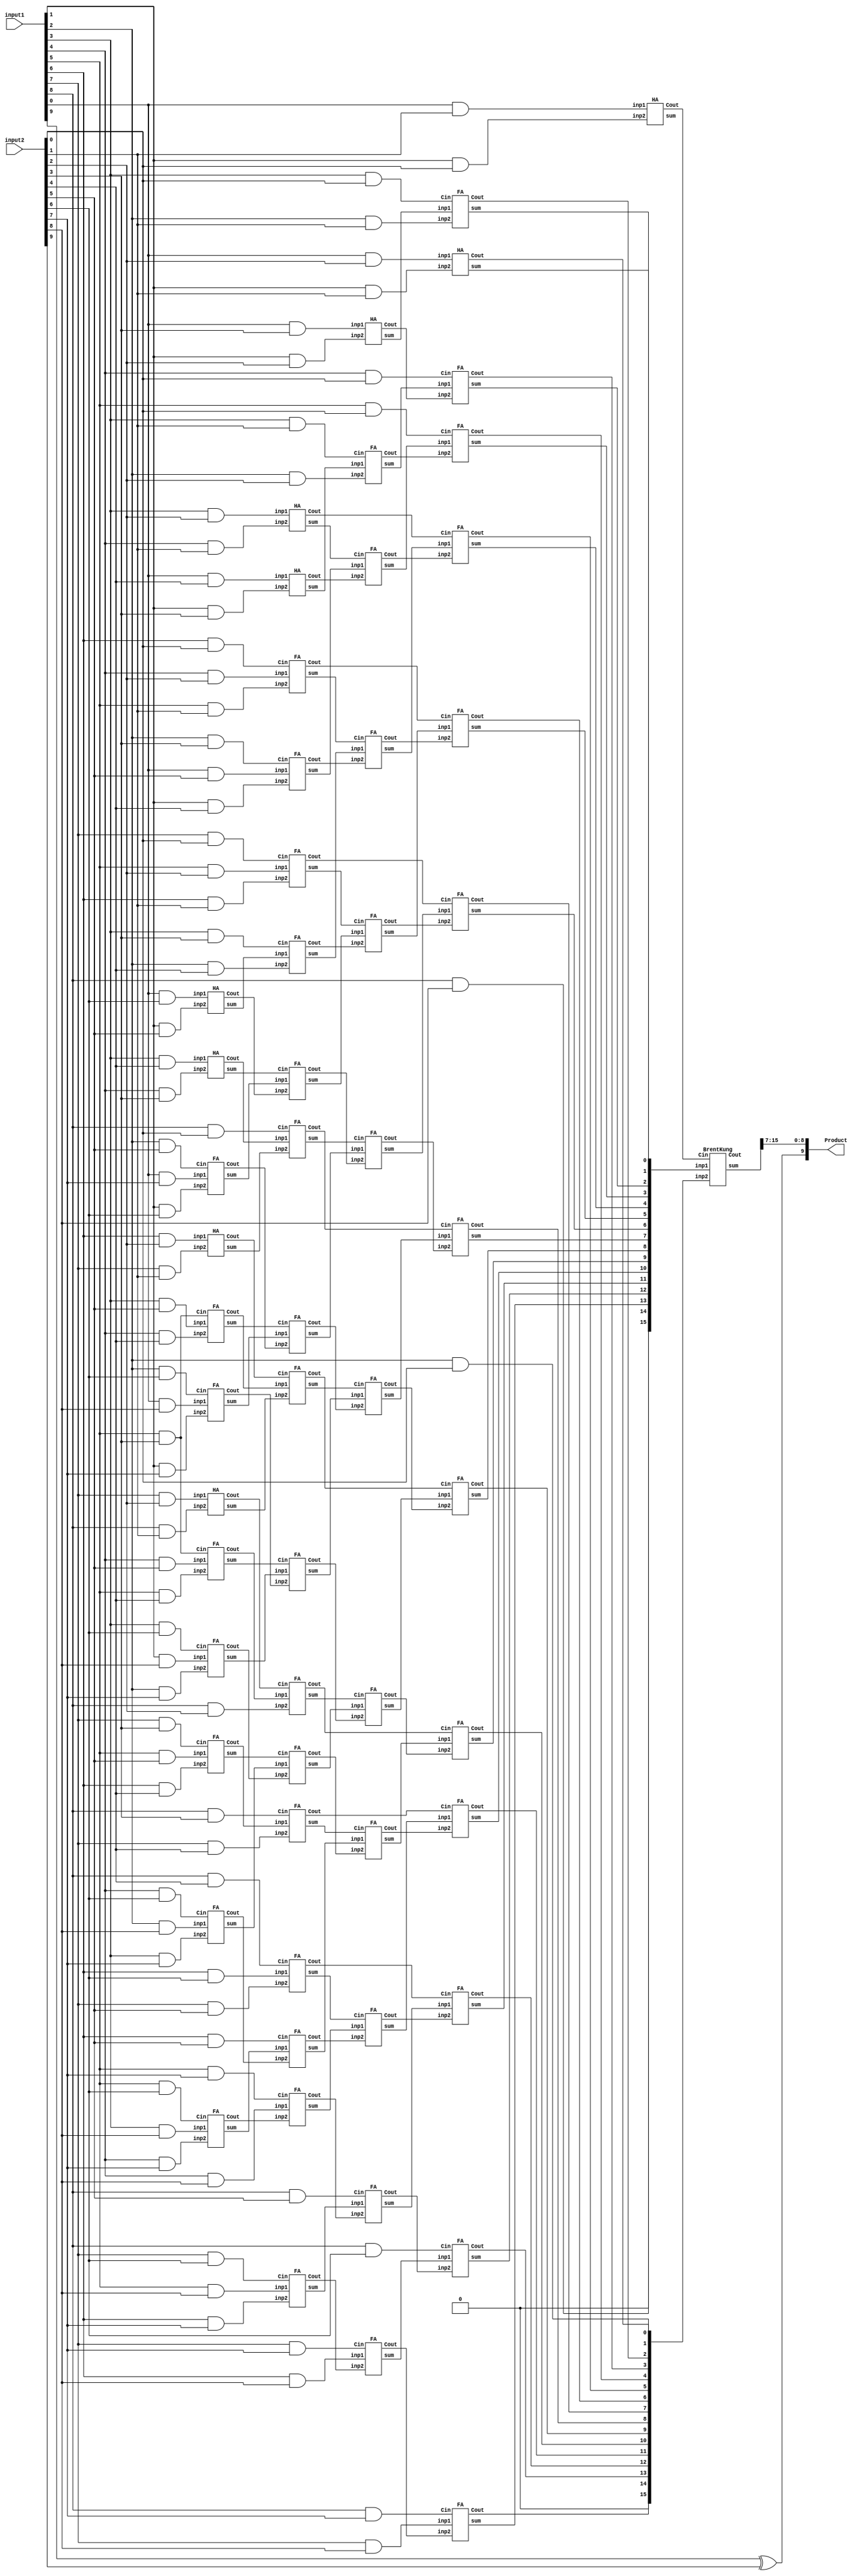
`timescale 1 us/ 1 ns
//**************************************************************************************************************//
//**************************************************Multiplier**************************************************//
//**************************************************************************************************************//
module Fx_10bit_Multiplier(input1,input2,Product);
input [9:0] input1;
input [9:0] input2;
output wire [9:0] Product;
wire PP [0:8][8:0];
//stage1 Sum and Carry
wire [0:11] sum1,carry1;
//stage2 Sum and Carry
wire [0:17] sum2,carry2;
//stage3 Sum and Carry
wire [0:11] sum3,carry3;
//stage4 Sum and Carry
wire [13:0] sum4,carry4;
//stage1 Sum and Carry
//wire [0:15] sum5,carry5;
//wire [16:0] carry5;
wire [1:0] carry5;
wire [17:0] sum5;
genvar i;
genvar j;
generate
for (i=0;i<9;i=i+1) begin:x
//generate
  for (j=0;j<9;j=j+1) begin:y
    assign PP [i][j] = input1[j]&input2[i];
end
//endgenerate
end
endgenerate
//Reduction 9 6 4 3 2
//Stage1 Reduction from  9 wires to 6
HA H1(.inp1(PP[6][0]),.inp2(PP[5][1]),.sum(sum1[0]),.Cout(carry1[0]));
HA H2(.inp1(PP[4][3]),.inp2(PP[3][4]),.sum(sum1[1]),.Cout(carry1[1]));
HA H3(.inp1(PP[2][6]),.inp2(PP[1][7]),.sum(sum1[2]),.Cout(carry1[2]));
HA H4(.inp1(PP[2][7]),.inp2(PP[1][8]),.sum(sum1[3]),.Cout(carry1[3]));
FA F1(.inp1(PP[7][0]),.inp2(PP[6][1]),.Cin(PP[5][2]),.sum(sum1[4]),.Cout(carry1[4]));
FA F2(.inp1(PP[8][0]),.inp2(PP[7][1]),.Cin(PP[6][2]),.sum(sum1[5]),.Cout(carry1[5]));
FA F3(.inp1(PP[8][1]),.inp2(PP[7][2]),.Cin(PP[6][3]),.sum(sum1[6]),.Cout(carry1[6]));
FA F4(.inp1(PP[8][2]),.inp2(PP[7][3]),.Cin(PP[6][4]),.sum(sum1[7]),.Cout(carry1[7]));
FA F5(.inp1(PP[8][3]),.inp2(PP[7][4]),.Cin(PP[6][5]),.sum(sum1[8]),.Cout(carry1[8]));
FA F6(.inp1(PP[5][3]),.inp2(PP[4][4]),.Cin(PP[3][5]),.sum(sum1[9]),.Cout(carry1[9]));
FA F7(.inp1(PP[5][4]),.inp2(PP[4][5]),.Cin(PP[3][5]),.sum(sum1[10]),.Cout(carry1[10]));
FA F8(.inp1(PP[5][5]),.inp2(PP[4][6]),.Cin(PP[3][7]),.sum(sum1[11]),.Cout(carry1[11]));

//Stage2 Reduction from  6 wires to 4
HA H5(.inp1(PP[4][0]),.inp2(PP[3][1]),.sum(sum2[0]),.Cout(carry2[0]));
HA H6(.inp1(PP[2][3]),.inp2(PP[1][4]),.sum(sum2[1]),.Cout(carry2[1]));
FA F9(.inp1(PP[5][0]),.inp2(PP[4][1]),.Cin(PP[3][2]),.sum(sum2[2]),.Cout(carry2[2]));
FA F10(.inp1(sum1[0]),.inp2(PP[4][2]),.Cin(PP[3][3]),.sum(sum2[3]),.Cout(carry2[3]));
FA F11(.inp1(sum1[4]),.inp2(carry1[0]),.Cin(sum1[1]),.sum(sum2[4]),.Cout(carry2[4]));
FA F12(.inp1(sum1[5]),.inp2(carry1[4]),.Cin(sum1[9]),.sum(sum2[5]),.Cout(carry2[5]));
FA F13(.inp1(sum1[6]),.inp2(carry1[5]),.Cin(sum1[10]),.sum(sum2[6]),.Cout(carry2[6]));
FA F14(.inp1(sum1[7]),.inp2(carry1[6]),.Cin(sum1[11]),.sum(sum2[7]),.Cout(carry2[7]));
FA F15(.inp1(sum1[8]),.inp2(carry1[7]),.Cin(PP[5][6]),.sum(sum2[8]),.Cout(carry2[8]));
FA F16(.inp1(PP[8][4]),.inp2(carry1[8]),.Cin(PP[7][5]),.sum(sum2[9]),.Cout(carry2[9]));
FA F17(.inp1(PP[2][4]),.inp2(PP[1][5]),.Cin(PP[0][6]),.sum(sum2[10]),.Cout(carry2[10]));
FA F18(.inp1(PP[2][5]),.inp2(PP[1][6]),.Cin(PP[0][7]),.sum(sum2[11]),.Cout(carry2[11]));
FA F19(.inp1(carry1[1]),.inp2(sum1[2]),.Cin(PP[0][8]),.sum(sum2[12]),.Cout(carry2[12]));
FA F20(.inp1(carry1[9]),.inp2(sum1[3]),.Cin(carry1[2]),.sum(sum2[13]),.Cout(carry2[13]));
FA F21(.inp1(carry1[10]),.inp2(PP[2][8]),.Cin(carry1[3]),.sum(sum2[14]),.Cout(carry2[14]));
FA F22(.inp1(carry1[11]),.inp2(PP[4][7]),.Cin(PP[3][8]),.sum(sum2[15]),.Cout(carry2[15]));
FA F23(.inp1(PP[6][6]),.inp2(PP[5][7]),.Cin(PP[4][8]),.sum(sum2[16]),.Cout(carry2[16]));
FA F24(.inp1(PP[8][5]),.inp2(PP[7][6]),.Cin(PP[6][7]),.sum(sum2[17]),.Cout(carry2[17]));

//Stage3 Reduction from  4 wires to 3
HA H7(.inp1(PP[3][0]),.inp2(PP[2][1]),.sum(sum3[0]),.Cout(carry3[0]));
FA F25(.inp1(sum2[0]),.inp2(PP[2][2]),.Cin(PP[1][3]),.sum(sum3[1]),.Cout(carry3[1]));
FA F26(.inp1(sum2[2]),.inp2(carry2[0]),.Cin(sum2[1]),.sum(sum3[2]),.Cout(carry3[2]));
FA F27(.inp1(sum2[3]),.inp2(carry2[2]),.Cin(sum2[10]),.sum(sum3[3]),.Cout(carry3[3]));
FA F28(.inp1(sum2[4]),.inp2(carry2[3]),.Cin(sum2[11]),.sum(sum3[4]),.Cout(carry3[4]));
FA F29(.inp1(sum2[5]),.inp2(carry2[4]),.Cin(sum2[12]),.sum(sum3[5]),.Cout(carry3[5]));
FA F30(.inp1(sum2[6]),.inp2(carry2[5]),.Cin(sum2[13]),.sum(sum3[6]),.Cout(carry3[6]));
FA F31(.inp1(sum2[7]),.inp2(carry2[6]),.Cin(sum2[14]),.sum(sum3[7]),.Cout(carry3[7]));
FA F32(.inp1(sum2[8]),.inp2(carry2[7]),.Cin(sum2[15]),.sum(sum3[8]),.Cout(carry3[8]));
FA F33(.inp1(sum2[9]),.inp2(carry2[8]),.Cin(sum2[16]),.sum(sum3[9]),.Cout(carry3[9]));
FA F34(.inp1(sum2[17]),.inp2(carry2[9]),.Cin(PP[5][8]),.sum(sum3[10]),.Cout(carry3[10]));
FA F35(.inp1(PP[8][6]),.inp2(carry2[17]),.Cin(PP[7][7]),.sum(sum3[11]),.Cout(carry3[11]));

//Stage4 Reduction from  3 wires to 2
HA H8(.inp1(PP[2][0]),.inp2(PP[1][1]),.sum(sum4[0]),.Cout(carry4[0]));
FA F36(.inp1(sum3[0]),.inp2(PP[1][2]),.Cin(PP[0][3]),.sum(sum4[1]),.Cout(carry4[1]));
FA F37(.inp1(sum3[1]),.inp2(carry3[0]),.Cin(PP[0][4]),.sum(sum4[2]),.Cout(carry4[2]));
FA F38(.inp1(sum3[2]),.inp2(carry3[1]),.Cin(PP[0][5]),.sum(sum4[3]),.Cout(carry4[3]));
FA F39(.inp1(sum3[3]),.inp2(carry3[2]),.Cin(carry2[1]),.sum(sum4[4]),.Cout(carry4[4]));
FA F40(.inp1(sum3[4]),.inp2(carry3[3]),.Cin(carry2[10]),.sum(sum4[5]),.Cout(carry4[5]));
FA F41(.inp1(sum3[5]),.inp2(carry3[4]),.Cin(carry2[11]),.sum(sum4[6]),.Cout(carry4[6]));
FA F42(.inp1(sum3[6]),.inp2(carry3[5]),.Cin(carry2[12]),.sum(sum4[7]),.Cout(carry4[7]));
FA F43(.inp1(sum3[7]),.inp2(carry3[6]),.Cin(carry2[13]),.sum(sum4[8]),.Cout(carry4[8]));
FA F44(.inp1(sum3[8]),.inp2(carry3[7]),.Cin(carry2[14]),.sum(sum4[9]),.Cout(carry4[9]));
FA F45(.inp1(sum3[9]),.inp2(carry3[8]),.Cin(carry2[15]),.sum(sum4[10]),.Cout(carry4[10]));
FA F46(.inp1(sum3[10]),.inp2(carry3[9]),.Cin(carry2[16]),.sum(sum4[11]),.Cout(carry4[11]));
FA F47(.inp1(sum3[11]),.inp2(carry3[10]),.Cin(PP[6][8]),.sum(sum4[12]),.Cout(carry4[12]));
FA F48(.inp1(PP[8][7]),.inp2(carry3[11]),.Cin(PP[7][8]),.sum(sum4[13]),.Cout(carry4[13]));

//stage 5 Final addition
wire [15:0]inp1_BK;
wire [15:0]inp2_BK;
assign inp1_BK[13:0]=sum4[13:0];
assign inp1_BK[14]=PP[8][8];
assign inp1_BK[15]=0;
assign inp2_BK[0]=PP[0][2];
assign inp2_BK[14:1]=carry4[13:0];
assign inp2_BK[15]=0;

HA H9(.inp1(PP[1][0]),.inp2(PP[0][1]),.sum(sum5[1]),.Cout(carry5[0]));
BrentKung BK1(.inp1(inp1_BK),.inp2(inp2_BK),.Cin(carry5[0]),.sum(sum5[17:2]),.Cout(carry5[1]));

assign sum5[0]=PP[0][0];
assign Product[7:0]=sum5[16:9];
assign Product[8]=sum5[17];
assign Product[9]=input1[9]^input2[9];

endmodule
//**************************************************************************************************************//
//**************************************************ADDER**************************************************//
//**************************************************************************************************************//

module Fx_10bit_adder(a,b,s);
input [9:0] a,b;
output [9:0] s ;


//*****************************************************************************************************
reg [8:0]adder_inp1,adder_inp2;
	reg adder_Cin,Twos_adder_Cin;
	wire cout;
	wire Twos_cout;
	
//	wire [19:0] adder_inp1_32,adder_inp2_32;
	wire [9:0] sum_32,Twos_sum_32;
	
	reg [8:0] Twos_inp1;
	reg [9:0] reg_s;
	reg [8:0] Twos_inp2_32;
//	wire [19:0] Twos_inp1_32;
	
	
	
	always @ (*)
	begin
		if (a[9]==b[9]) begin
			adder_inp1<=a[8:0];
			adder_inp2<=b[8:0];
			adder_Cin <= 1'b0;
		end
		else begin
			if (a[9]==0 && b[9]==1) begin
				adder_inp1<=a[8:0];
				adder_inp2<=~b[8:0];
				adder_Cin <= 1'b1;
			end
//			if (a[9]==1 && b[9]==0) 
			else begin
				adder_inp1<=~a[8:0];
				adder_inp2<=b[8:0];
				adder_Cin <= 1'b1;
		   end
	   end
	    Twos_inp1 <=~sum_32[8:0];
        Twos_inp2_32 <=9'd0;
        Twos_adder_Cin <=1'b1;
	   if(a[9]==b[9]) begin
			reg_s [9] <= a[9];
			reg_s [8:0] <=sum_32[8:0];
		end
		else begin
			if(sum_32[9]==1) begin
				reg_s [9] <= 1'b0;
				reg_s [8:0] <=sum_32[8:0];
			end
			else begin
				reg_s [9] <= 1'b1;
				reg_s [8:0] <=Twos_sum_32[8:0];
			end
		end
	end
	
	
	
	
	assign s=reg_s;
   bk9 b10(.inp1(adder_inp1),.inp2(adder_inp2),.Cin(adder_Cin),.sum(sum_32));	
   bk9 b11(.inp1(Twos_inp1),.inp2(Twos_inp2_32),.Cin(Twos_adder_Cin),.sum(Twos_sum_32));	
	
endmodule	


//**************************************************************************************************************//

module bk9(inp1,inp2,Cin,sum);
input [8:0] inp1,inp2;
input Cin;
output [9:0] sum;
wire C0;
wire C1;
//wire sum3;
wire Cout;
FA H(.inp1(inp1[0]),.inp2(inp2[0]),.Cin(Cin),.sum(sum[0]),.Cout(C0));
BrentKung8 BK(.inp1(inp1[8:1]),.inp2(inp2[8:1]),.Cin(C0),.sum(sum[8:1]),.Cout(Cout)); 
assign sum[9]=Cout;
endmodule

//Module Half adder//
module HA(inp1,inp2,sum,Cout);
	input inp1,inp2;
	output sum,Cout;
	assign sum=inp1^inp2;
	assign Cout=inp1&inp2;
endmodule
//Module Full adder//
module FA(inp1,inp2,Cin,sum,Cout);
	input inp1,inp2,Cin;
	output sum,Cout;
	assign sum=inp1^inp2^Cin;
	assign Cout=(inp1&inp2)|(inp1&Cin)|(inp2&Cin);
endmodule
//Module BrentKung8 adder//
/******************* P and G calculation *************************/
module P_G(input g_i,input g_i_1,input p_i, input p_i_1, output g_out,output p_out);
assign g_out=g_i | (p_i & g_i_1);
assign p_out=p_i & p_i_1;
endmodule
/******************* Carry out Calculation *************************/
module carry_out(input g_in,input p_in,input c_in,output c_out);
assign c_out= g_in | (p_in & c_in);
endmodule

/******************* sum calculation *************************/
module sum_calculation8(a_i,b_i,c_i,Sum);
	input [7:0] a_i;
	input [7:0] b_i;
	input [7:0] c_i;
	output [7:0] Sum;
	assign Sum=a_i ^ b_i ^ c_i;
endmodule
/*******************Brent Kung *************************/
module BrentKung8(inp1,inp2,Cin,sum,Cout);
	input[7:0] inp1,inp2;
	input Cin;
	output[7:0] sum;
	output Cout;
	wire[7:0] G1,P1,c;
	wire[3:0] G2,P2;
	wire[1:0] G3,P3;
	wire G4,P4;
	genvar j;
	generate 
		for(j=0;j<8;j=j+1) begin : x0
			assign G1[j]=inp1[j] & inp2[j];
			assign P1[j]=inp1[j] ^ inp2[j];
		end
	endgenerate
	/*******************G and P calculation *************************/
	genvar i;
	generate 
	for(i=0;i<4;i=i+1) begin : x1
	P_G GP1 (G1[2*i+1],G1[2*i],P1[2*i+1],P1[2*i],G2[i],P2[i]);
	end
	for(i=0;i<2;i=i+1)begin :x2
	P_G GP2 (G2[2*i+1],G2[2*i],P2[2*i+1],P2[2*i],G3[i],P3[i]);
	end
	//for(i=0;i<2;i=i+1) begin :x3
	//P_G GP3 (G3[2*i+1],G3[2*i],P3[2*i+1],P3[2*i],G4[i],P4[i]);
	//end
	endgenerate
	P_G GP4 (G3[1],G3[0],P3[1],P3[0],G4,P4);

	/*******************Carry calculation *************************/
	assign c[0]=Cin;
	assign c[1]=G1[0]|P1[0] & c[0];
	assign c[2]=G2[0]|P2[0] & c[0];
	assign c[4]=G3[0]|P3[0] & c[0];
	assign Cout=G4|P4 & c[0];
	//assign Cout=G5|P5 & c[0];
	//C_odd C3,C5,C7
	generate 
	for(i=1;i<4;i=i+1) begin :x4
		carry_out C_odd(G1[2*i],P1[2*i],c[2*i],c[2*i+1]);
	end
	endgenerate
	//C6
	generate 
	for(i=1;i<2;i=i+1) begin :x5
		carry_out C_6_10_14(G2[2*i],P2[2*i],c[4*i],c[4*i+2]);
	end
	endgenerate

	sum_calculation8 S (inp1,inp2,c,sum);
endmodule
/******************* sum calculation *************************/
module sum_calculation(a_i,b_i,c_i,Sum);
input [15:0] a_i;
input [15:0] b_i;
input [15:0] c_i;
output [15:0] Sum;
assign Sum=a_i ^ b_i ^ c_i;
endmodule
/*******************Brent Kung *************************/
module BrentKung(inp1,inp2,Cin,sum,Cout);
input[15:0] inp1,inp2;
input Cin;
output[15:0] sum;
output Cout;
wire[15:0] G1,P1,c;
wire[7:0] G2,P2;
wire[3:0] G3,P3;
wire[1:0] G4,P4;
wire G5,P5;
genvar j;
generate 
	for(j=0;j<16;j=j+1) begin : x0
		assign G1[j]=inp1[j] & inp2[j];
		assign P1[j]=inp1[j] ^ inp2[j];
	end
endgenerate
/*******************G and P calculation *************************/
genvar i;
generate 
for(i=0;i<8;i=i+1) begin : x1
P_G GP1 (G1[2*i+1],G1[2*i],P1[2*i+1],P1[2*i],G2[i],P2[i]);
end
for(i=0;i<4;i=i+1)begin :x2
P_G GP2 (G2[2*i+1],G2[2*i],P2[2*i+1],P2[2*i],G3[i],P3[i]);
end
for(i=0;i<2;i=i+1) begin :x3
P_G GP3 (G3[2*i+1],G3[2*i],P3[2*i+1],P3[2*i],G4[i],P4[i]);
end
endgenerate
P_G GP4 (G4[1],G4[0],P4[1],P4[0],G5,P5);

/*******************Carry calculation *************************/
assign c[0]=Cin;
assign c[1]=G1[0]|P1[0] & c[0];
assign c[2]=G2[0]|P2[0] & c[0];
assign c[4]=G3[0]|P3[0] & c[0];
assign c[8]=G4[0]|P4[0] & c[0];
assign Cout=G5|P5 & c[0];
//C_odd C3,C5,C7,C9,C11,C13,C15
generate 
for(i=1;i<8;i=i+1) begin :x4
	carry_out C_odd(G1[2*i],P1[2*i],c[2*i],c[2*i+1]);
end
endgenerate
//C6,C10,C14
generate 
for(i=1;i<4;i=i+1) begin :x5
	carry_out C_6_10_14(G2[2*i],P2[2*i],c[4*i],c[4*i+2]);
end
endgenerate
//C13
carry_out C_12(G3[2],P3[2],c[10],c[12]);
sum_calculation S (inp1,inp2,c,sum);
endmodule